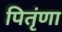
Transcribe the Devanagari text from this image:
पितृंणा